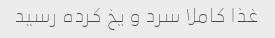
غذا کاملا سرد و یخ کرده رسید